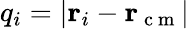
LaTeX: q_{i}=|\mathbf r_{i}-\mathbf r_{\mathrm{~c~m~}}|